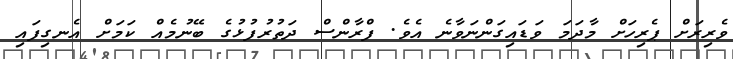
ވެރިރަށް ޕެރިހަށް މާދަމަ ވަޑައިގަންނަވާނެ އެވެ. ފްރާންސް ދަތުރުފުޅުގެ ބޭނުމެއް ކަމަށް އެނގިފައި